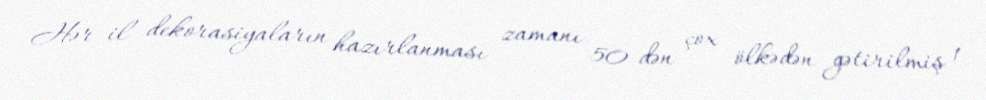
Hər il dekorasiyaların hazırlanması zamanı 50-dən çox ölkədən gətirilmiş 1